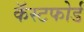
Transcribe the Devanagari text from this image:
कॅस्टफोर्ड